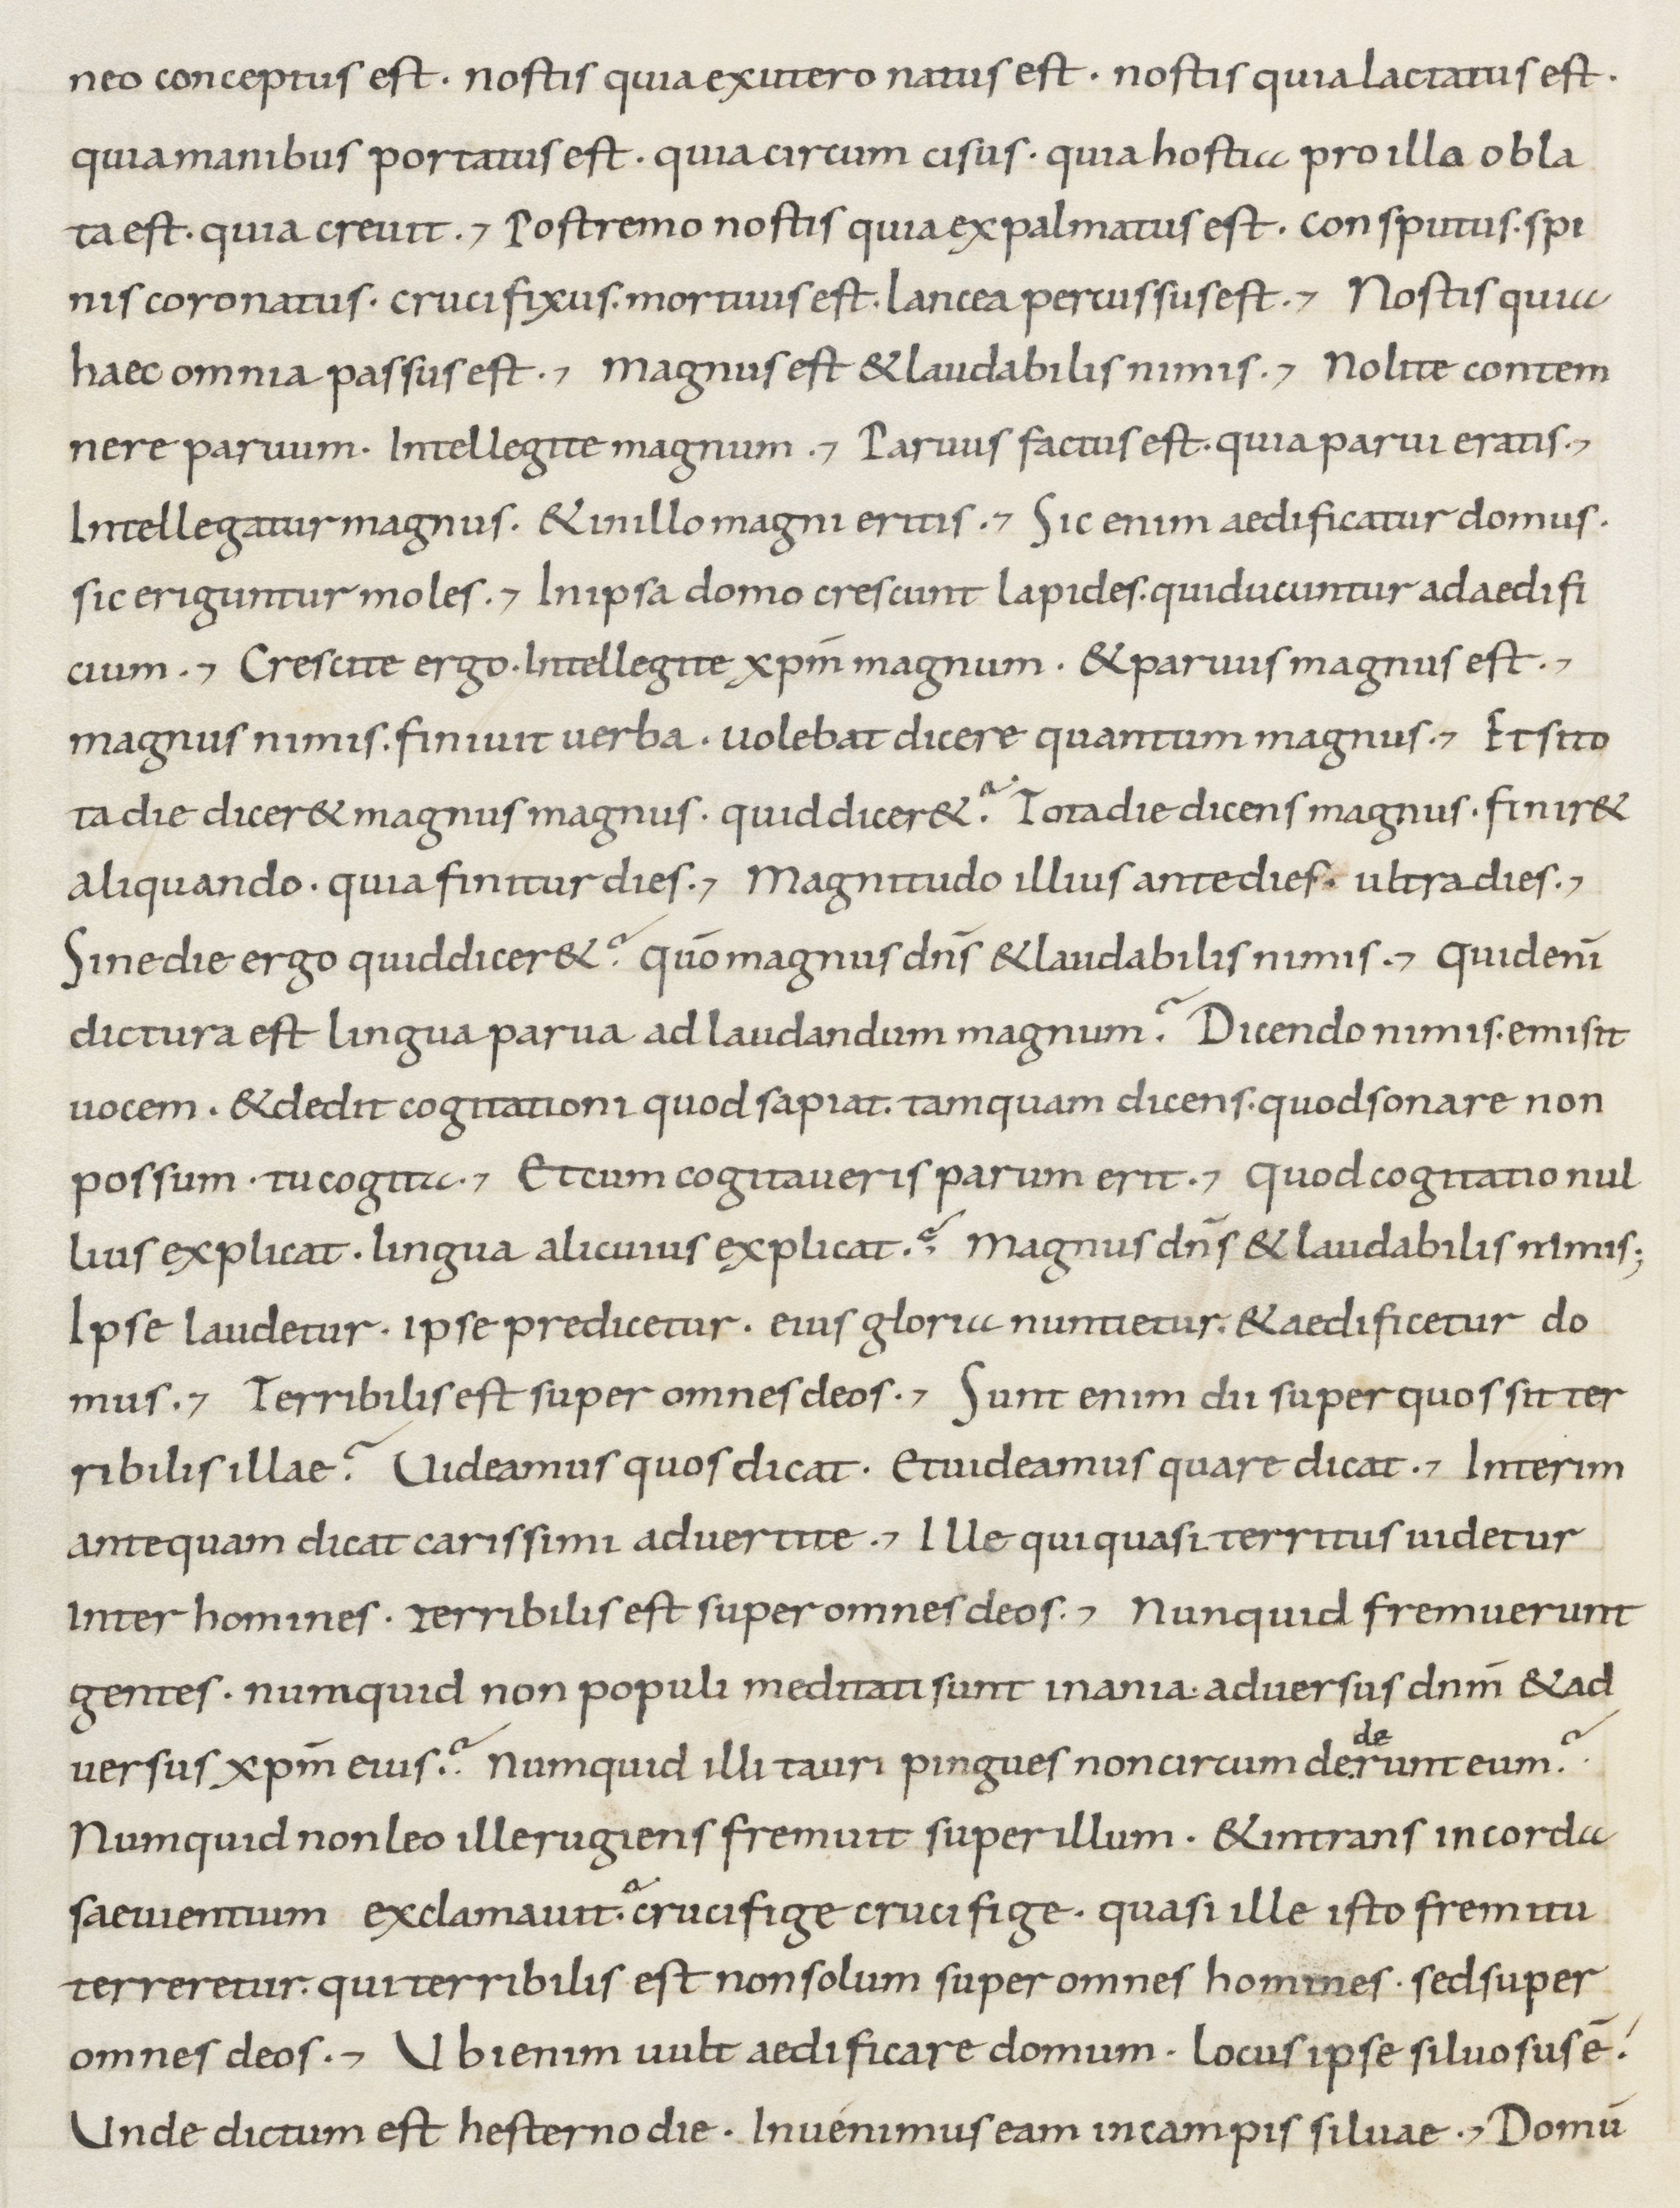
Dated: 800–899